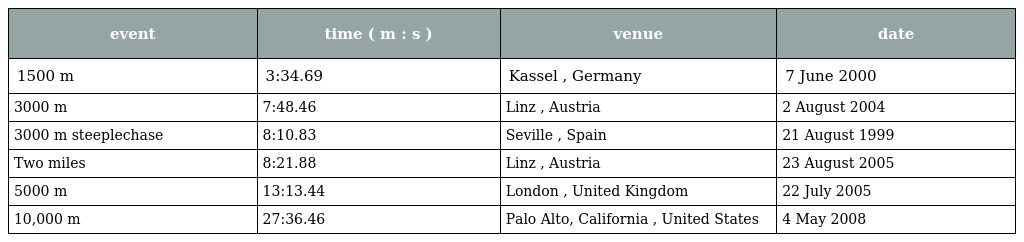
| event | time ( m : s ) | venue | date |
 | --- | --- | --- | --- |
 | 1500 m | 3:34.69 | Kassel , Germany | 7 June 2000 |
 | 3000 m | 7:48.46 | Linz , Austria | 2 August 2004 |
 | 3000 m steeplechase | 8:10.83 | Seville , Spain | 21 August 1999 |
 | Two miles | 8:21.88 | Linz , Austria | 23 August 2005 |
 | 5000 m | 13:13.44 | London , United Kingdom | 22 July 2005 |
 | 10,000 m | 27:36.46 | Palo Alto, California , United States | 4 May 2008 |